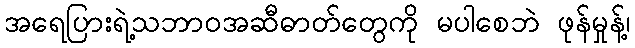
အရေပြားရဲ့သဘာဝအဆီဓာတ်တွေကို မပါစေဘဲ ဖုန်မှုန့်၊